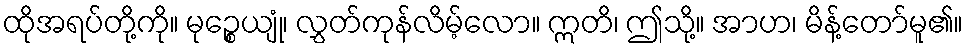
ထိုအရပ်တို့ကို။ မုဉ္စေယျုံ၊ လွှတ်ကုန်လိမ့်လော။ ဣတိ၊ ဤသို့။ အာဟ၊ မိန့်တော်မူ၏။